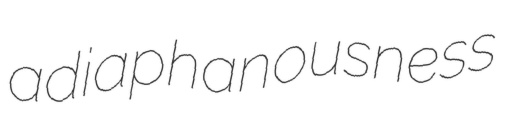
adiaphanousness